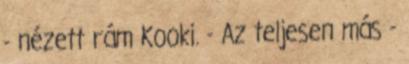
- nézett rám Kooki. - Az teljesen más -